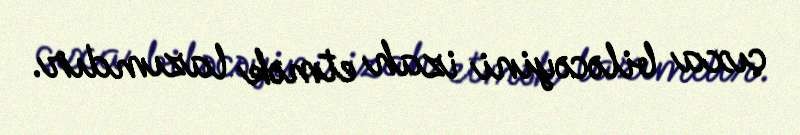
çıxa biləcəyini izah etmək lazımdır.